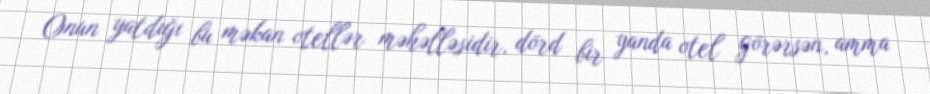
Onun yatdığı bu məkan otellər məhəlləsidir, dörd bir yanda otel görərsən, amma